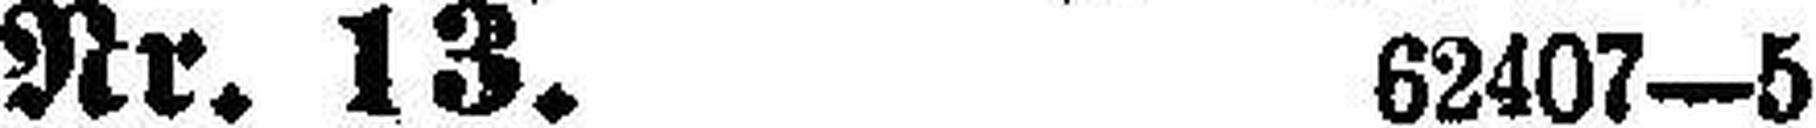
Nr. 13. 62407—5